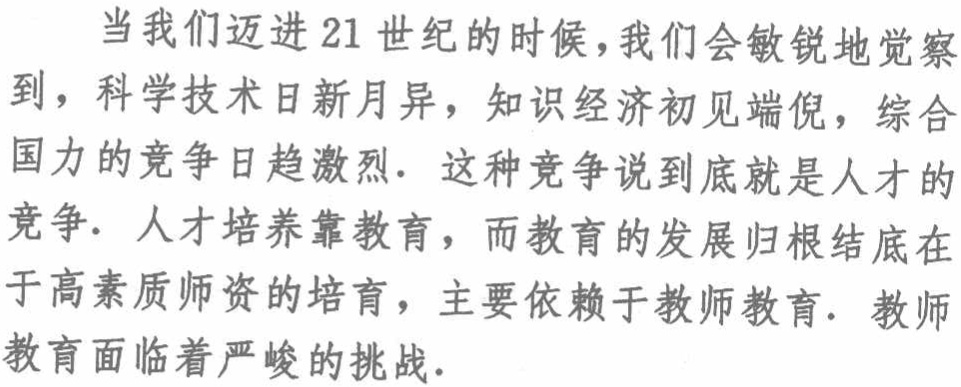
当我们迈进21世纪的时候，我们会敏锐地觉察到，科学技术日新月异，知识经济初见端倪，综合国力的竞争日趋激烈. 这种竞争说到底就是人才的竞争. 人才培养靠教育，而教育的发展归根结底在于高素质师资的培育，主要依赖于教师教育. 教师教育面临着严峻的挑战.